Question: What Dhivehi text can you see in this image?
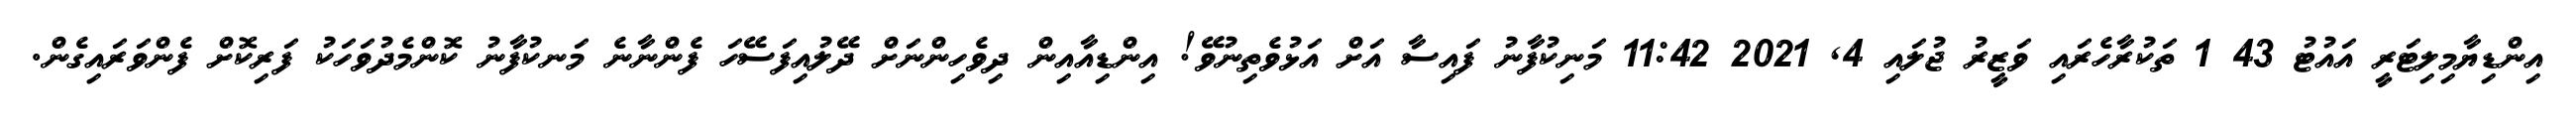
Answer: އިންޑިޔާމިލިޓަރީ އައުޓު 43 1 ތަކުރާހެރައި ވަޒީރު ޖުލައި 4, 2021 11:42 މަނިކުފާނު ފައިސާ އަށް އަޅުވެތިނުވޭ! އިންޑިއާއިން ދިވެހިންނަށް ދޭލުއިފަސޭހަ ފެންނާނެ މަނކުފާނު ކޮންމެދުވަހަކު ފަރިކޮށް ފެންވަރައިގެން.